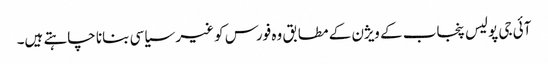
آئی جی پولیس پنجاب کے ویژن کے مطابق وہ فورس کو غیر سیاسی بنانا چاہتے ہیں۔